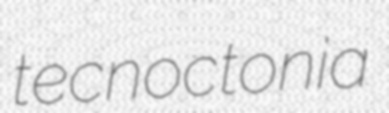
tecnoctonia